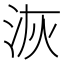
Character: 洃